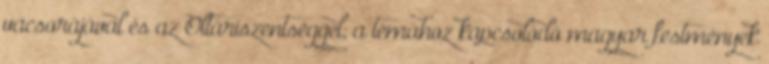
vacsorájával és az Oltáriszentséggel; a témá­hoz kapcsolódó magyar fest­mények